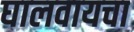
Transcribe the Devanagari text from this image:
घालवायचा